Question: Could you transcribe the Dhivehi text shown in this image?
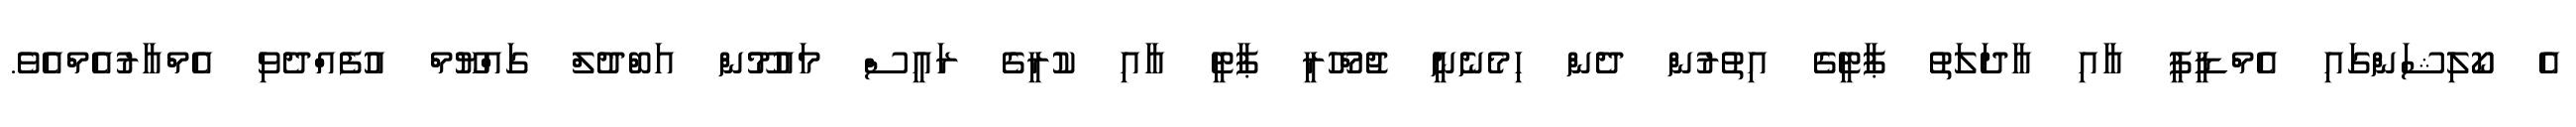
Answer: އެ ކޯލިޝަންގައި އެމްޑީޕީ އާއި އާދަލަތު ޕާޓީގެ އިތުރުން ދެން ހިމެނެނީ ޖުމްހޫރީ ޕާޓީ އާއި ކުރީގެ ރައީސް މައުމޫން އަބްދުލް ގައްޔޫމް އުފެއްދެވި އެމްއާރުއެމްއެވެ.